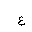
Letter: _ayn